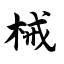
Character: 械